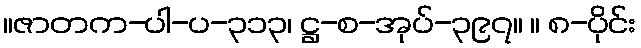
။ဇာတက-ပါ-ပ-၃၁၃၊ ဋ္ဌ-စ-အုပ်-၃၉၇။ ။ ၈-ပိုင်း